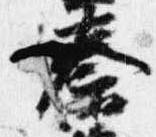
秦